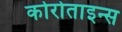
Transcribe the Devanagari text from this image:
कोरोताइन्स